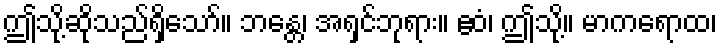
ဤသို့ဆိုသည်ရှိသော်။ ဘန္တေ၊ အရှင်ဘုရား။ ဧဝံ၊ ဤသို့။ မာကရောထ၊